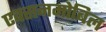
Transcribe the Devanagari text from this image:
एक्सनमोबिल